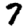
Digit: 7